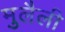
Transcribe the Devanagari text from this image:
मुलैली